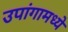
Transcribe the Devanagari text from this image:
उपांगामध्ये